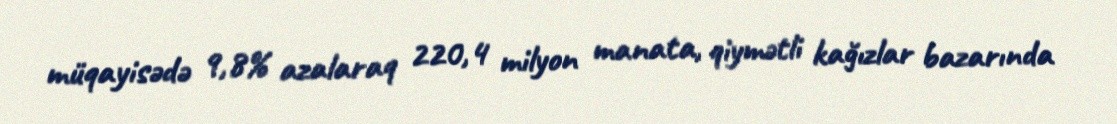
müqayisədə 9,8% azalaraq 220,4 milyon manata, qiymətli kağızlar bazarında